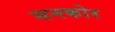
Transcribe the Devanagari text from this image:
सनकोर